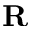
\mathbf { R }